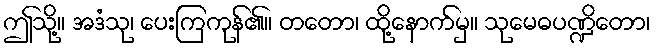
ဤသို့။ အဒံသု၊ ပေးကြကုန်၏။ တတော၊ ထို့နောက်မှ။ သုမေဓပဏ္ဍိတော၊